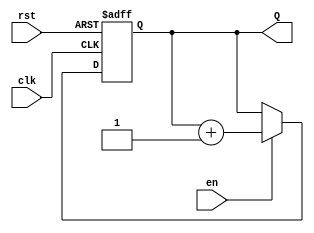
module binary_up_counter #(
    parameter N = 4  // Parameter for the bit width of the counter
)(
    input wire clk,   // Clock input
    input wire rst,   // Asynchronous reset
    input wire en,    // Enable signal
    output reg [N-1:0] Q  // n-bit output count
);

    // Always block for synchronous logic
    always @(posedge clk or posedge rst) begin
        if (rst) begin
            Q <= 0;  // Reset the counter to 0
        end else if (en) begin
            Q <= Q + 1;  // Increment the counter
        end
    end

endmodule